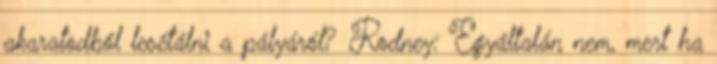
akaratodból lesétálni a pályáról? Rodney: Egyáltalán nem, mert ha